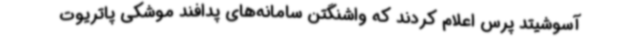
آسوشیتد پرس اعلام کردند که واشنگتن سامانه‌های پدافند موشکی پاتریوت